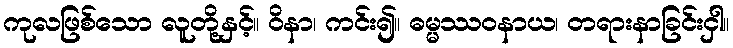
ကုလဖြစ်သော လူတို့နှင့်။ ဝိနာ၊ ကင်း၍။ ဓမ္မဿဝနာယ၊ တရားနာခြင်းငှါ။